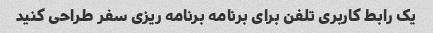
یک رابط کاربری تلفن برای برنامه برنامه ریزی سفر طراحی کنید